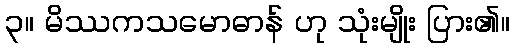
၃။ မိဿကသမောဓာန် ဟု သုံးမျိုး ပြား၏။